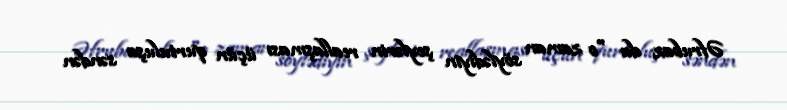
Əfrubaz da "o zaman söylədiyin şeylərin reallaşması üçün qurtuluşa səndən